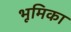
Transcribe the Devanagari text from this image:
भूूमिका